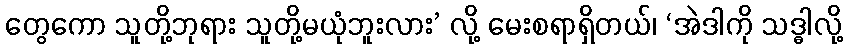
တွေကော သူတို့ဘုရား သူတို့မယုံဘူးလား’ လို့ မေးစရာရှိတယ်၊ ‘အဲဒါကို သဒ္ဓါလို့